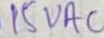
Text: 15VAC